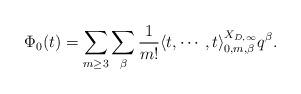
LaTeX: \begin{align*}\Phi_0( t)=\sum_{m\geq 3}\sum_{\beta}\frac{1}{m!}\langle t,\cdots,t\rangle_{0,m,\beta}^{X_{D,\infty}} q^{\beta}.\end{align*}